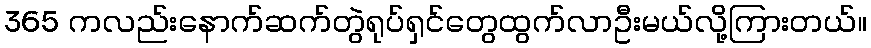
365 ကလည်းနောက်ဆက်တွဲရုပ်ရှင်တွေထွက်လာဦးမယ်လို့ကြားတယ်။